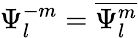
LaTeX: \Psi_{l}^{-m}=\overline{{\Psi_{l}^{m}}}